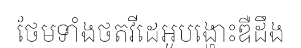
ថែមទាំងថតវីដេអូបង្ហោះឌឺដឹង